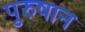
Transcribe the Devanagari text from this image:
पुरुषान